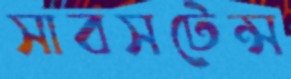
সাবসটেন্স